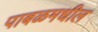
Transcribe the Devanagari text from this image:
पाबळमधील